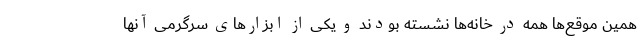
همین موقع‌ها همه در خانه‌ها نشسته بودند و یکی از ابزارهای سرگرمی آنها